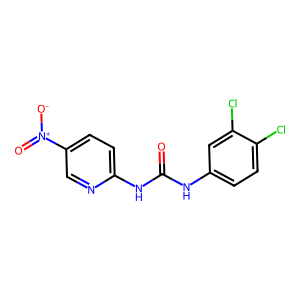
SMILES: O=C(Nc1ccc(Cl)c(Cl)c1)Nc1ccc([N+](=O)[O-])cn1
Inhibits HIV replication: No